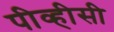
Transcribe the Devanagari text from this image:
पीव्हीसी